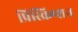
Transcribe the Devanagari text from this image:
प्रिस्क्रिप्शन